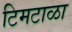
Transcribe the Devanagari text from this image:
टिमटाळा